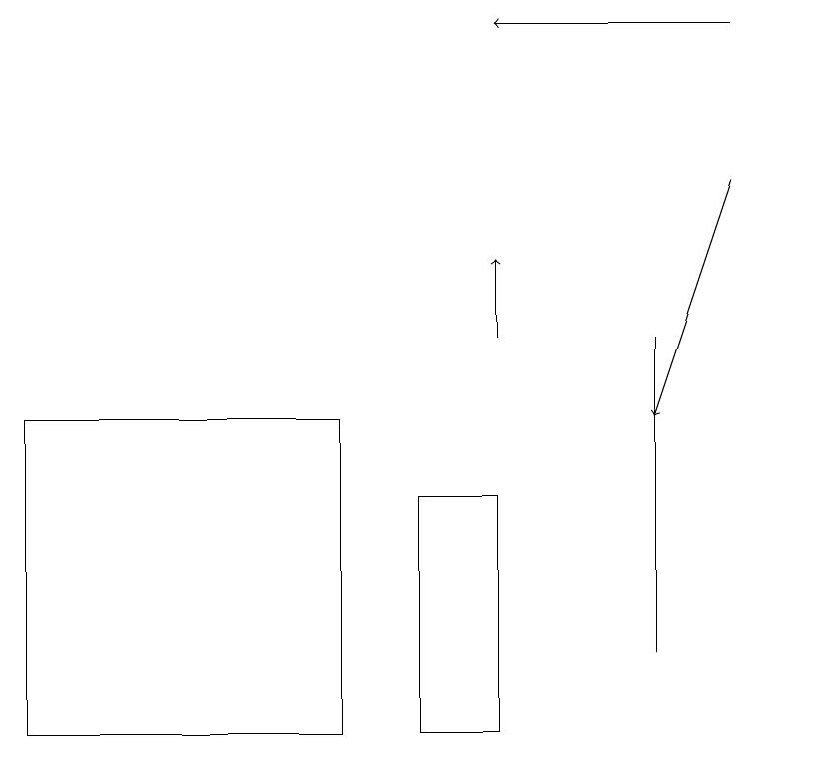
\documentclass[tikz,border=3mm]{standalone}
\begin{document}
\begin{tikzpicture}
\draw[->] (6,15) -- (6,16);
\draw (8,15) rectangle (8,11);
\draw (4,10) rectangle (0,14);
\draw[->] (9,17) -- (8,14);
\draw[->] (9,19) -- (6,19);
\draw (10,11) circle (0);
\draw (6,10) rectangle (5,13);
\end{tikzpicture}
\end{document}